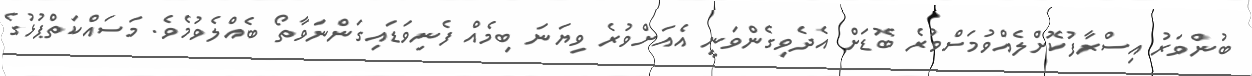
ބުންވަރު އިސްރާފުކޮށްލެއްވުމަށްވުރެ ބޮޑަށް އެދެވިގެންވަނީ އެއަށްވުރެ ވިޔަނަ ބިމެއް ފެނިވަޑައިގަންނަވާތޯ ބެއްލެވުމެވެ. މަސައްކަތްޕުޅުގެ